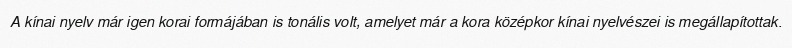
A kínai nyelv már igen korai formájában is tonális volt, amelyet már a kora középkor kínai nyelvészei is megállapítottak.